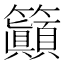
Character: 𱸲